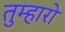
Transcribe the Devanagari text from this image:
तुम्‍हारो